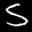
Label: 5